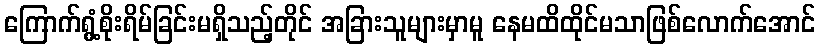
ကြောက်ရွံ့စိုးရိမ်ခြင်းမရှိသည့်တိုင် အခြားသူများမှာမူ နေမထိထိုင်မသာဖြစ်လောက်အောင်